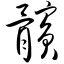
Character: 髌